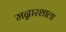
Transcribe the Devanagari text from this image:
मन्नारशाला